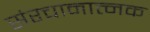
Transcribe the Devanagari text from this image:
संरचानात्नक